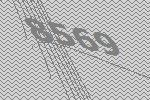
8569